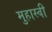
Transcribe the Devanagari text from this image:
मुहास्वी